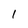
Character: 1